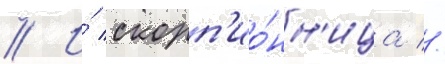
// И́ скорп'ио́нн'ица //